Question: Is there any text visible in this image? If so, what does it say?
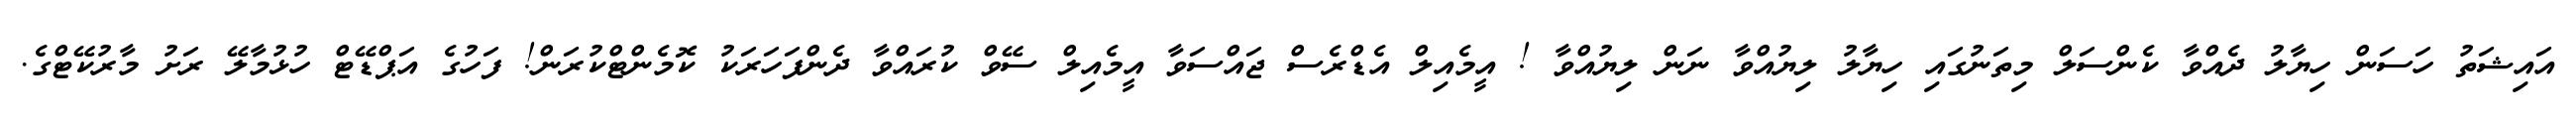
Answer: އައިޝަތު ހަސަން ހިޔާލު ދެއްވާ ކެންސަލް މިތަނުގައި ހިޔާލު ލިޔުއްވާ ނަން ލިޔުއްވާ ! އީމެއިލް އެޑްރެސް ޖައްސަވާ އީމެއިލް ސޭވް ކުރައްވާ ދެންފަހަރަކު ކޮމެންޓްކުރަން! ފަހުގެ އަޕްޑޭޓް ހުޅުމާލޭ ރަށު މާރުކޭޓްގެ.